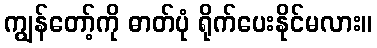
ကျွန်တော့်ကို ဓာတ်ပုံ ရိုက်ပေးနိုင်မလား။